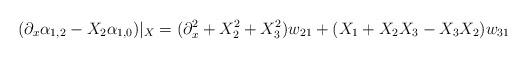
LaTeX: \begin{align*} (\partial_x\alpha_{1,2}-X_2\alpha_{1,0})|_X = (\partial_x^2+X_2^2+X_3^2)w_{21} + (X_1+X_2X_3-X_3X_2)w_{31}\end{align*}